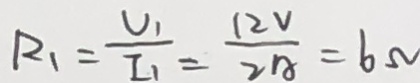
R _ { 1 } = \frac { U _ { 1 } } { I _ { 1 } } = \frac { 1 2 V } { 2 A } = 6 \Omega